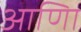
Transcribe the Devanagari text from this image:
आणिा